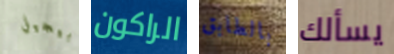
أبيجيل الراكون بالطابق يسألك